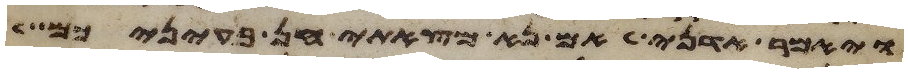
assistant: ויאמר אדני אם נא מצאתי חן בעיניכם